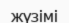
жүзімі